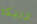
ربيكا